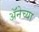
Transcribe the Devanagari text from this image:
अॅनेच्या